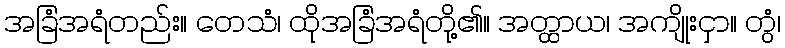
အခြံအရံတည်း။ တေသံ၊ ထိုအခြံအရံတို့၏။ အတ္ထာယ၊ အကျိုးငှာ။ တွံ၊